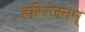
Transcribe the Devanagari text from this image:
हरिरंजनम्